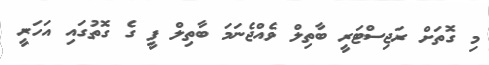
މި ގޮތަށް ރަޖިސްޓަރީ ބާތިލް ވެއްޖެނަމަ ބާތިލް ފީ ގެ ގޮތުގައި އަހަރީ